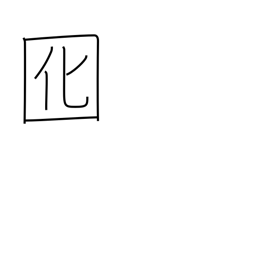
Meaning: lure